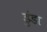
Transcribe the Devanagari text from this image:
डुंडा